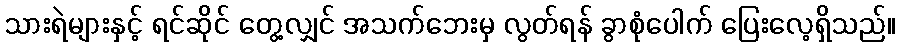
သားရဲများနှင့် ရင်ဆိုင် တွေ့လျှင် အသက်ဘေးမှ လွတ်ရန် ခွာစုံပေါက် ပြေးလေ့ရှိသည်။